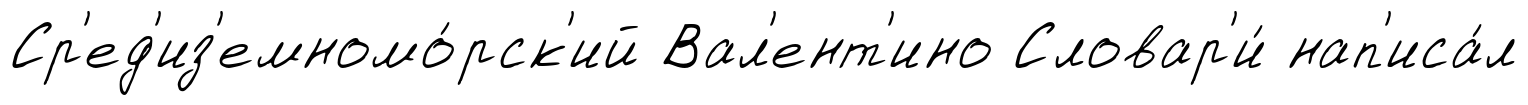
Ср'ед'из'емномо́рск'ий Вал'ент'ино Словар'и́ нап'иса́л